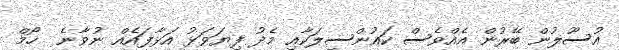
އުސޫލުން ބޭރުން އެއްވެސް ކައުންސިލަކާއި މެދު ފިޔަވަޅު އަޅާފައެއް ނުވާނެ  ހޯމް